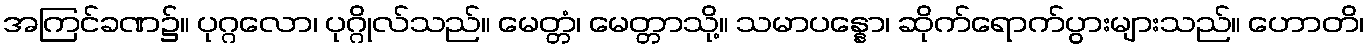
အကြင်ခဏ၌။ ပုဂ္ဂလော၊ ပုဂ္ဂိုလ်သည်။ မေတ္တံ၊ မေတ္တာသို့။ သမာပန္နော၊ ဆိုက်ရောက်ပွားများသည်။ ဟောတိ၊